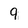
Character: 9